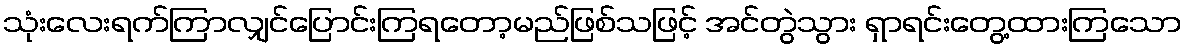
သုံးလေးရက်ကြာလျှင်ပြောင်းကြရတော့မည်ဖြစ်သဖြင့် အင်တွဲသွား ရှာရင်းတွေ့ထားကြသော